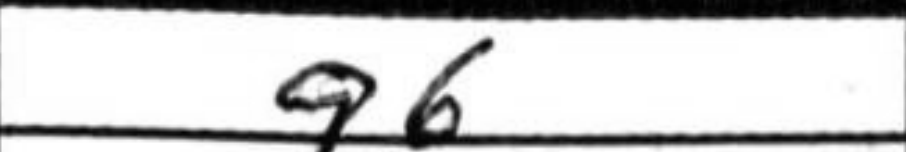
Transcription: g6